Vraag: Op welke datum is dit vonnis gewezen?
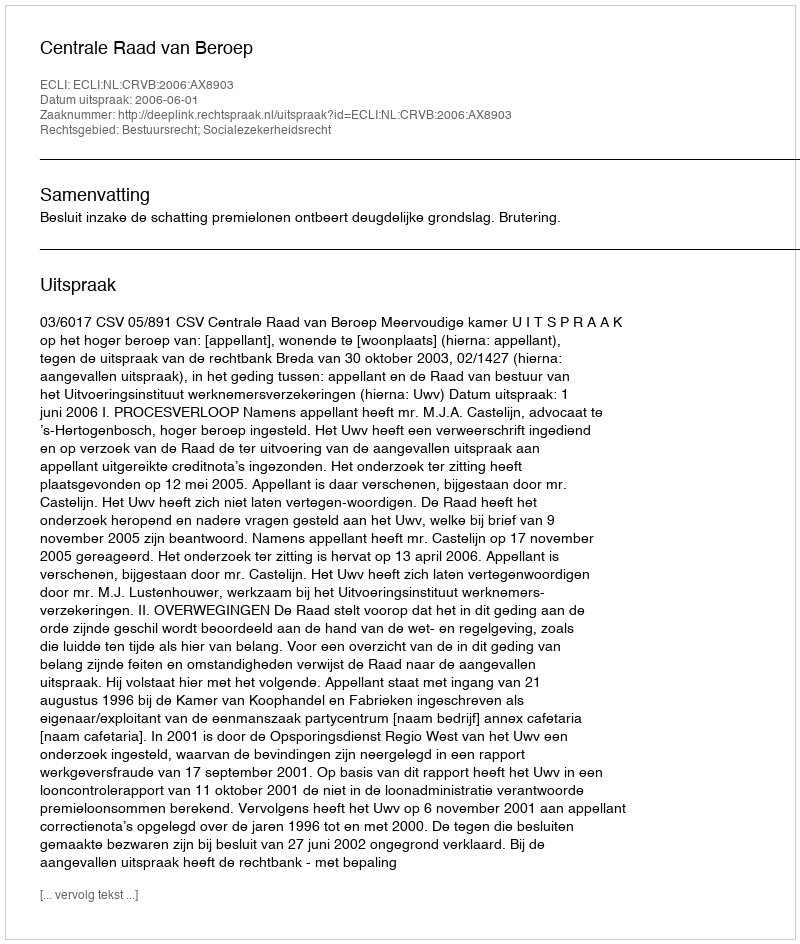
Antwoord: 2006-06-01